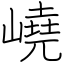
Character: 嶢